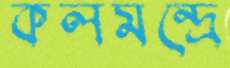
কলমন্দ্রে